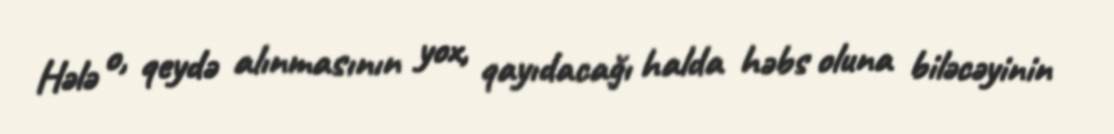
Hələ o, qeydə alınmasının yox, qayıdacağı halda həbs oluna biləcəyinin